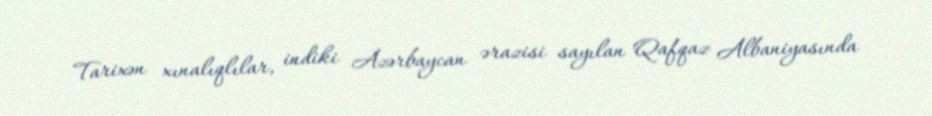
Tarixən xınalıqlılar, indiki Azərbaycan ərazisi sayılan Qafqaz Albaniyasında